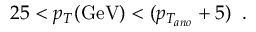
2 5 < p _ { T } ( \mathrm { G e V } ) < ( p _ { T _ { a n o } } + 5 ) \; \; .